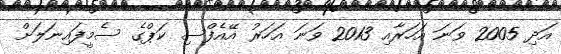
އަދި 2005 ވަނަ އަހަރާއި 2013 ވަނަ އަހަރު އޭއެފްސި ކަޕްގެ ސެމީފައިނަލަށް